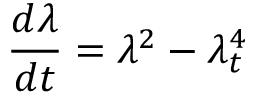
\frac { d \lambda } { d t } = \lambda ^ { 2 } - \lambda _ { t } ^ { 4 }